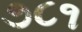
૭૮૧